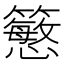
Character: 𥵴